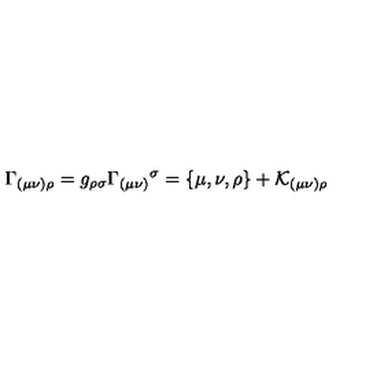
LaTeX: \Gamma _ { ( \mu \nu ) \rho } = g _ { \rho \sigma } \Gamma _ { ( \mu \nu ) } { } ^ { \sigma } = \{ \mu , \nu , \rho \} + \mathcal { K } _ { ( \mu \nu ) \rho }